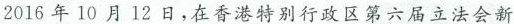
2016年10月12日，在香港特别行政区第六届立法会新